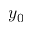
y _ { 0 }